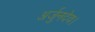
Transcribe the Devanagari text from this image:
अर्जुनदेव।